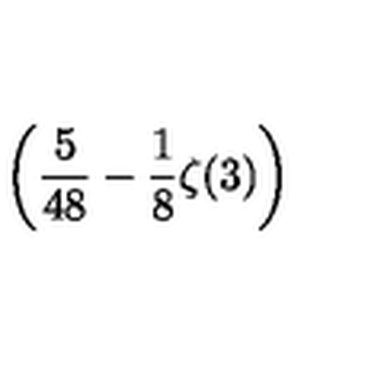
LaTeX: \displaystyle \left( \frac { 5 } { 4 8 } - \frac { 1 } { 8 } \zeta ( 3 ) \right)